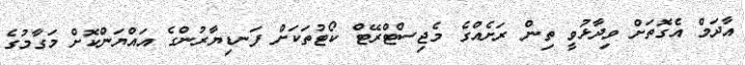
އާދަމް އެގޮތަށް ވިދާޅުވީ ތިން ރަށެއްގެ މެޖިސްޓްރޭޓް ކޯޓުތަކަށް ފަނޑިޔާރުންގެ އައްޔަންކޮށް މަގާމުގެ